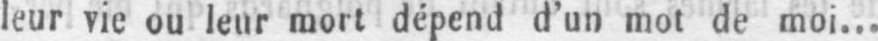
leur vie ou leur mort dépend d’un mot de moi...